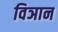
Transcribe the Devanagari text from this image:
विञान